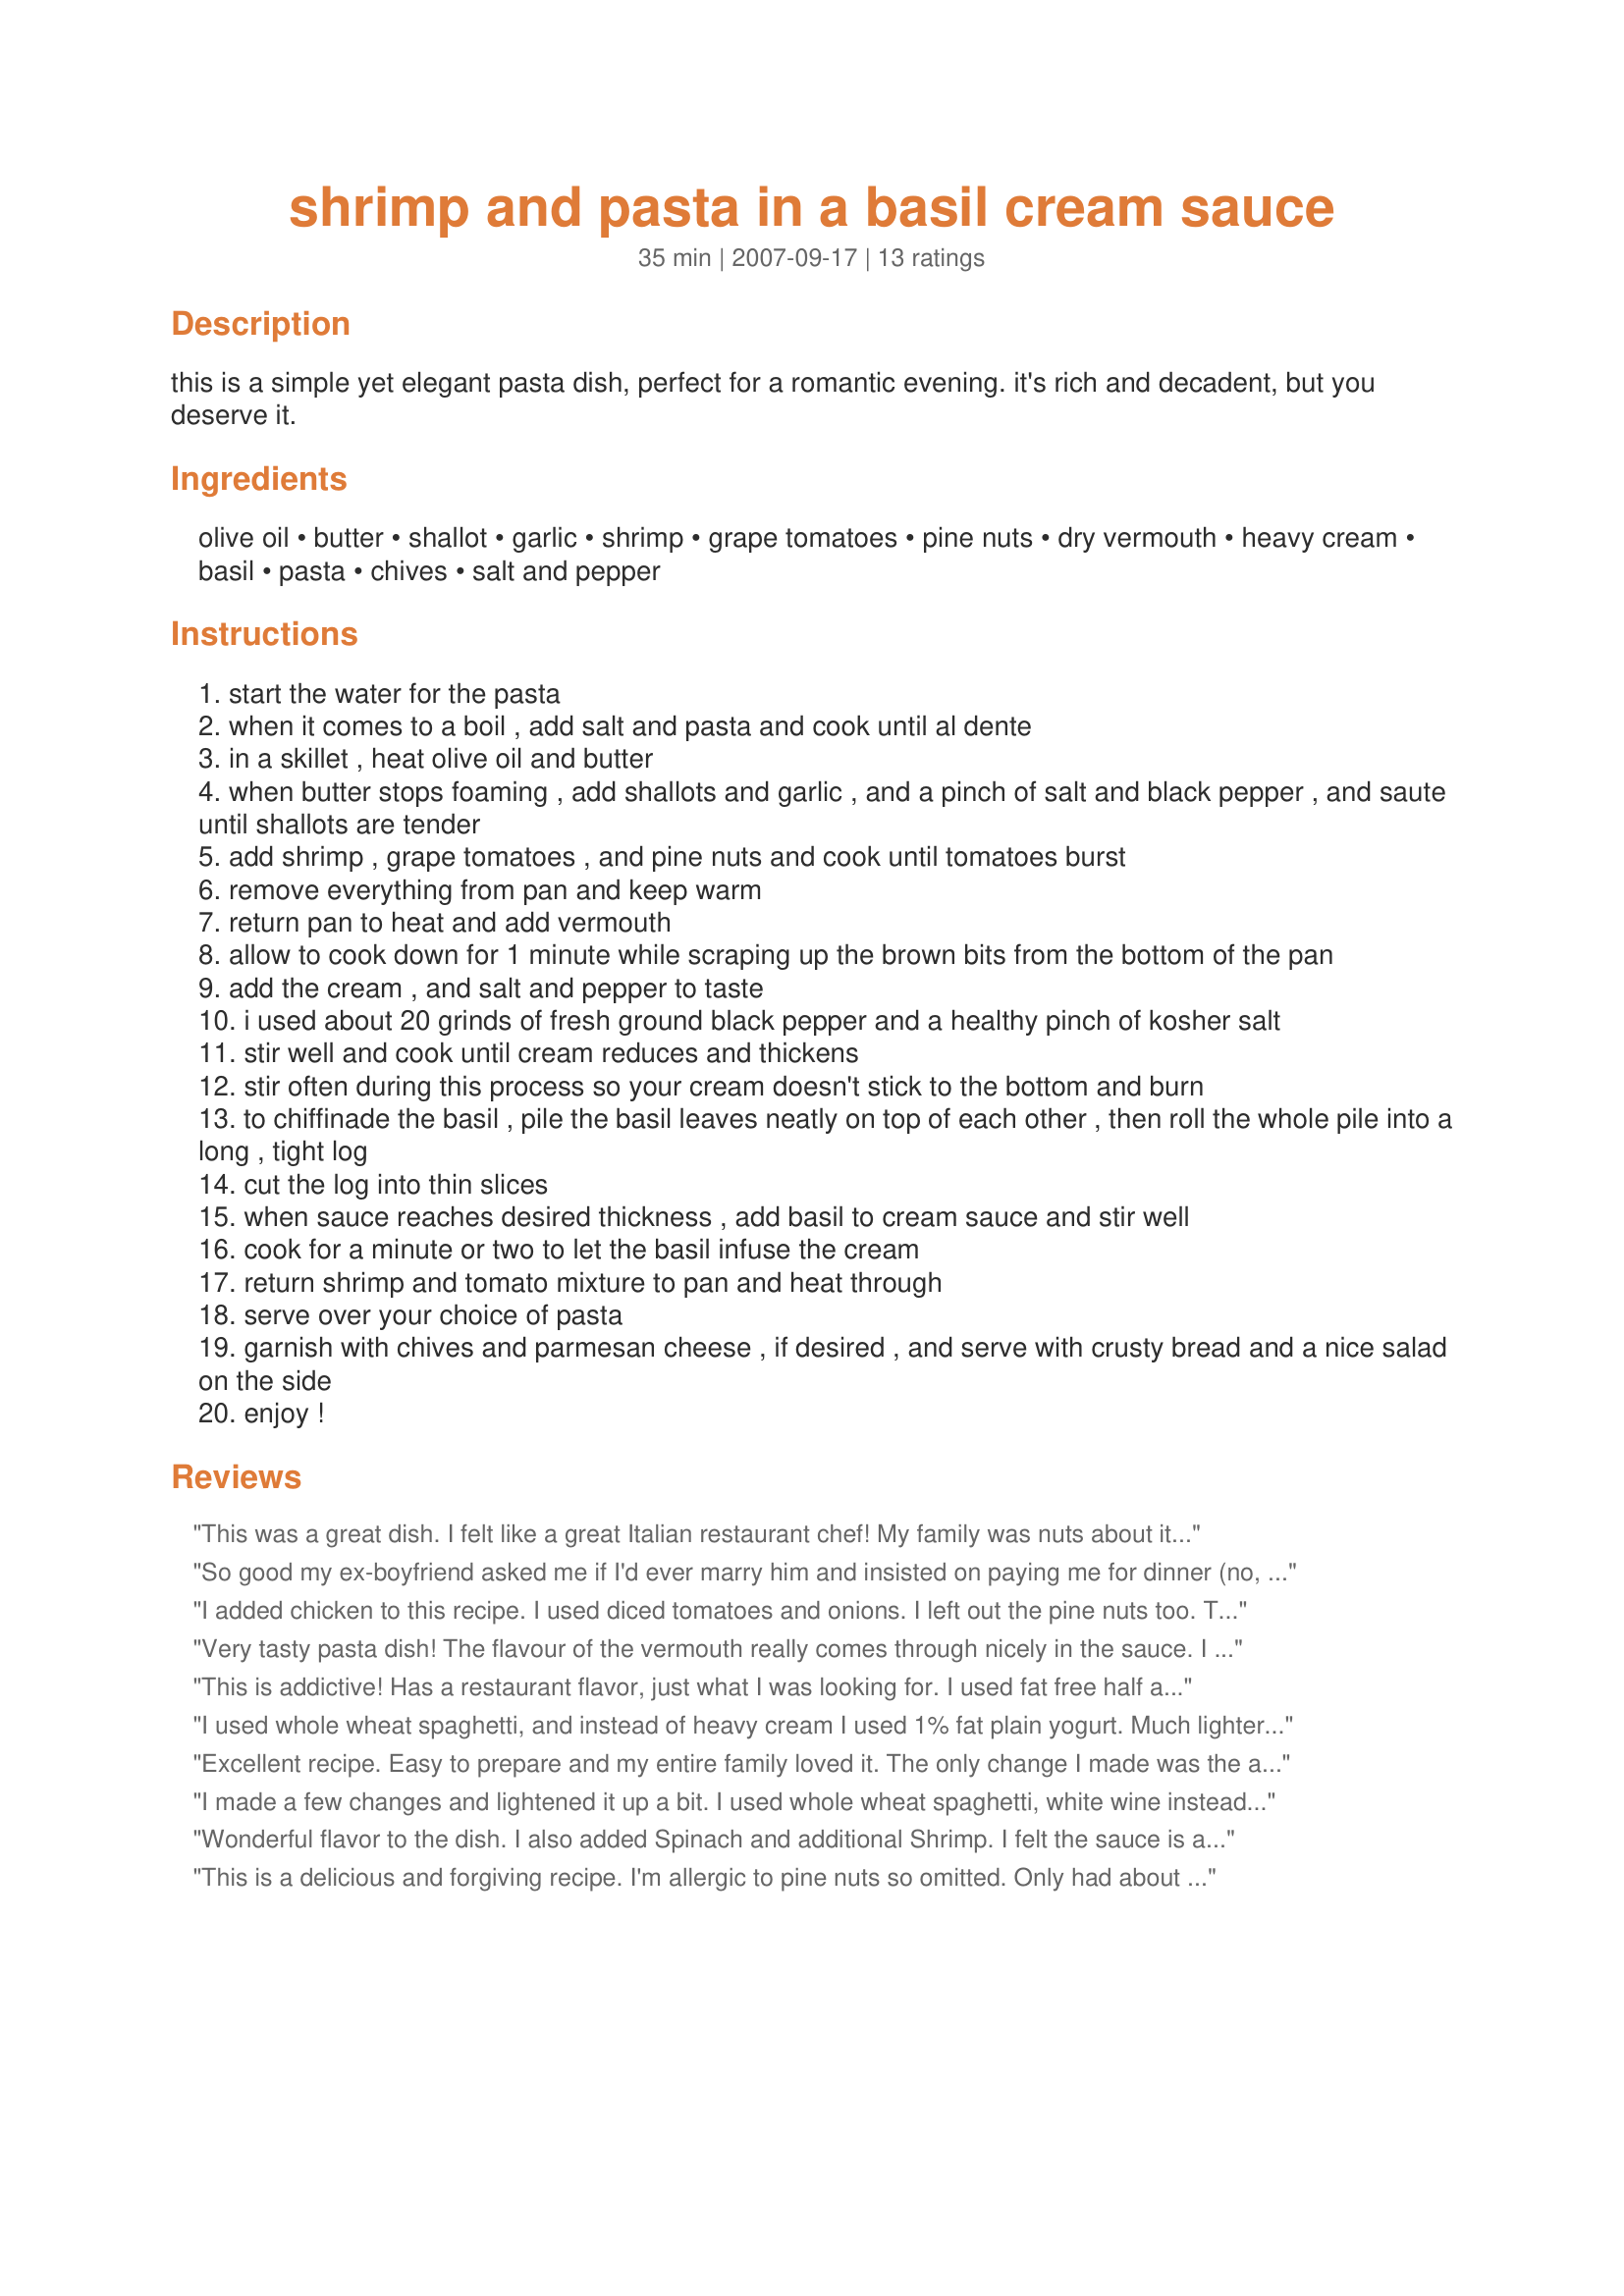
shrimp and pasta in a basil cream sauce
Preparation time: 35 minutes

this is a simple yet elegant pasta dish, perfect for a romantic evening. it's rich and decadent, but you deserve it.

Ingredients:
olive oil, butter, shallot, garlic, shrimp, grape tomatoes, pine nuts, dry vermouth, heavy cream, basil, pasta, chives, salt and pepper

Steps:
start the water for the pasta
when it comes to a boil , add salt and pasta and cook until al dente
in a skillet , heat olive oil and butter
when butter stops foaming , add shallots and garlic , and a pinch of salt and black pepper , and saute until shallots are tender
add shrimp , grape tomatoes , and pine nuts and cook until tomatoes burst
remove everything from pan and keep warm
return pan to heat and add vermouth
allow to cook down for 1 minute while scraping up the brown bits from the bottom of the pan
add the cream , and salt and pepper to taste
i used about 20 grinds of fresh ground black pepper and a healthy pinch of kosher salt
stir well and cook until cream reduces and thickens
stir often during this process so your cream doesn't stick to the bottom and burn
to chiffinade the basil , pile the basil leaves neatly on top of each other , then roll the whole pile into a long , tight log
cut the log into thin slices
when sauce reaches desired thickness , add basil to cream sauce and stir well
cook for a minute or two to let the basil infuse the cream
return shrimp and tomato mixture to pan and heat through
serve over your choice of pasta
garnish with chives and parmesan cheese , if desired , and serve with crusty bread and a nice salad on the side
enjoy !

Reviews:
This was a great dish. I felt like a great Italian restaurant chef! My family was nuts about it. But, the recipe calls for way too little shrimp. I used 1.2lb of large (#20) shrimp and it was just right. I may have added too much dry wine (vermouth) so the recipe was a little bitter. To offset, I sprinkled about two tablespoons of sugar over the final mixture. Lastly, make sure you let the final mixture cooks on low for quite a while. It takes a lot of time to get the sauce to thicken the way it needs to be. Lastly, I might have added a few scallops if I had them.
So good my ex-boyfriend asked me if I'd ever marry him and insisted on paying me for dinner (no, 'dessert' did not come with!). Made a few changes: whole wheat pasta, toasted the pine nuts, added spinach (whenever i can sneak it in I do), etc. Very delicious. I impressed even myself!
I added chicken to this recipe. I used diced tomatoes and onions. I left out the pine nuts too. This recipe has an AWESOME flavor. I had trouble getting it to thicken up, so I made a little bit of a rue with flour and water and it turned out just right. The family loved it and I will definitely make it again. Thank you for sharing this recipe with us!
Very tasty pasta dish! The flavour of the vermouth really comes through nicely in the sauce. I replaced the heavy cream with extra light thickened cream to cut the fat and served over gluten-free spaghetti. Yum! Thanks raisdbywolvz! Made for PAC Fall 2008.
This is addictive! Has a restaurant flavor, just what I was looking for. I used fat free half and half for mine and a cut up tomato. Made enough for about four people.
I used whole wheat spaghetti, and instead of heavy cream I used 1% fat plain yogurt. Much lighter on calories and fat, and just as delicious.
Excellent recipe. Easy to prepare and my entire family loved it. The only change I made was the addition of fresh spinach because the garden is proving to be bountiful this year. Thank you for a nice and easy addition to the regular rotation. I also like how versatile it can be.
I made a few changes and lightened it up a bit. I used whole wheat spaghetti, white wine instead of vermouth, amond milk instead of cream, added a handfull of arugula and about a tablespoon of low fat cream cheese to make the sauce creamy. I left out the pine nuts since my husband doesn't really care for them. Tasted like something you'd get in a restaurant....great dish!
Wonderful flavor to the dish. I also added Spinach and additional Shrimp. I felt the sauce is a bit too heavy for me due to the heavy cream so I wouldn't mind trying this with a lighter cream next time but overall a great recipe.
This is a delicious and forgiving recipe. I'm allergic to pine nuts so omitted. Only had about 1/3 cup of cream but I substituted with whole milk. Added a pinch of red peppers to the sauce. Delicious. I will definitely make this again. The flavor of the fresh basil really came through especially since they were not overcooked. Thank you.
I left out the pine nuts, and used much, much less cream and much more basil. (One cup of cream for a two portion recipe? Really?) My seafood was prawns and crab meat. Excellent!
I didn't have shallots, so I used onions. No grape tomatoes, so I used canned diced tomatoes. I also added 2 tablespoons of tomato paste to thicken the sauce. This is a rich and delicious dish!
Wow! This is a wonderful dish. I did use half-n-half (to make it not sooo rich) and added some spinach I had leftover but otherwise followed the instructions and will definately make this again. Putting this in my Favorites for 2011. Made for Think Pink Cancer Awareness 2011.
